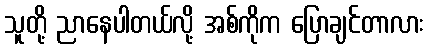
သူတို့ ညာနေပါတယ်လို့ အစ်ကိုက ပြောချင်တာလား